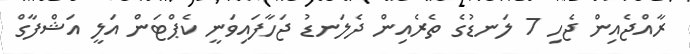
ރާއްޖެއިން ޖެހި 7 ލަނޑުގެ ތެރެއިން ދެލަނޑު ޖަހާފައިވަނީ ކެޕްޓަން އަލީ އަޝްފާގް